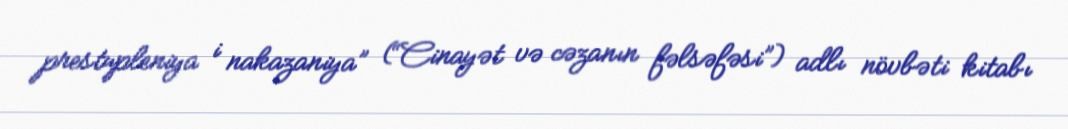
prestupleniya i nakazaniya” (“Cinayət və cəzanın fəlsəfəsi”) adlı növbəti kitabı